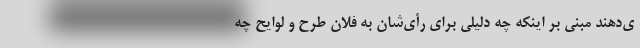
ی‌دهند مبنی بر اینکه چه دلیلی برای رأی‌شان به فلان طرح و لوایح چه